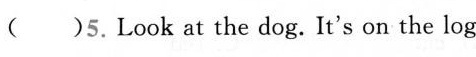
( )5.Look at the dog. It's on the log.